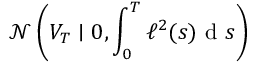
\mathcal { N } \left( V _ { T } \mid 0 , \int _ { 0 } ^ { T } \ell ^ { 2 } ( s ) \mathrm { ~ d ~ } s \right)